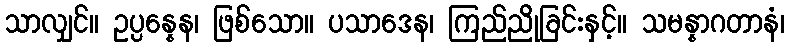
သာလျှင်။ ဥပ္ပန္နေန၊ ဖြစ်သော။ ပသာဒေန၊ ကြည်ညိုခြင်းနှင့်။ သမန္နာဂတာနံ၊